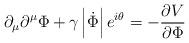
LaTeX: \begin{align*}\partial _\mu \partial ^\mu \Phi +\gamma \left| \dot \Phi \right|e^{i\theta }=-\frac{\partial V}{\partial \Phi }\end{align*}